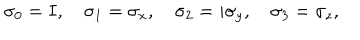
\sigma _ { 0 } = I , \quad \sigma _ { 1 } = \sigma _ { x } , \quad \sigma _ { 2 } = i \sigma _ { y } , \quad \sigma _ { 3 } = \sigma _ { z } ,